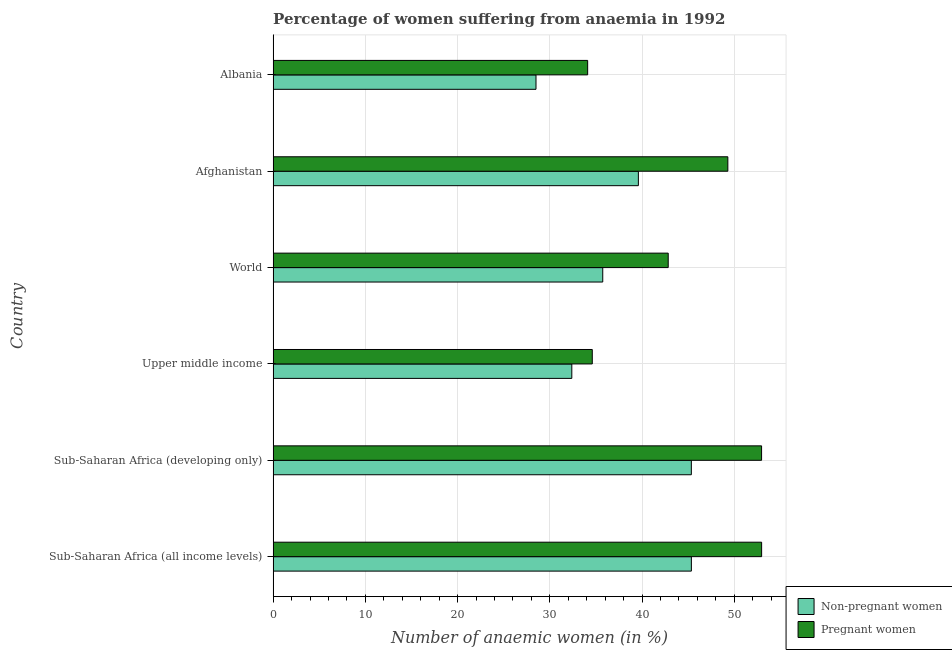
| Country | Non-pregnant women | Pregnant women |
 | --- | --- | --- |
 | Sub-Saharan Africa (all income levels) | 45.3 | 53 |
 | Sub-Saharan Africa (developing only) | 45.3 | 53 |
 | Upper middle income | 32.4 | 34.6 |
 | World | 35.7 | 42.8 |
 | Afghanistan | 39.6 | 49.3 |
 | Albania | 28.5 | 34.1 |